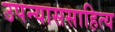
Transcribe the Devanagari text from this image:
उपन्याससाहित्य